Vaccine operations Central Provinces 1900-1911 - 1900-1911
Year: 1900
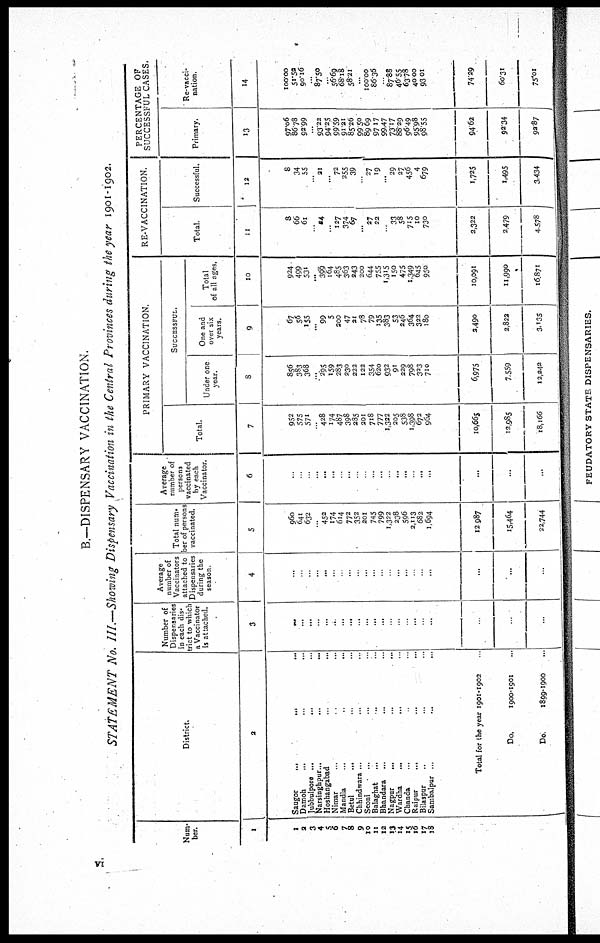
B.—DISPENSARY VACCINATION.
STATEMENT No. III.—Showing Dispensary Vaccination in the Central Provinces during the year 1901-1902.
Num-
ber.
1
1
2
3
4
5
6
7
8
9
10
11
12
13
14
15
16
17 18
District.
Saugor
...
... ...
Damoh ... ... ...
Jubbulpore ...
... ...
Narsinghpur... ... ...
Hoshangabad ... ... ...
Nimar ... ... ...
Mandla ... ... ...
Betul ... ... ...
Chhindwara ... ... ...
Seoni ... ... ...
Balaghat
...
Bhandara ... ... ...
Nagpur
... ... ...
Wardha ... ... ...
Chanda ... ... ...
Raipur
... ... ...
Bilaspur ... ... ...
Sambalpur ...
...
...
Total for the year 1901-1902
Do.
1900-1901
Do.
1899-1900
Number of
Dispensaries
in each dis-
trict to which
a Vaccinator
is attached.
3
...
...
...
...
...
...
...
...
...
...
...
...
...
...
...
...
...
...
...
...
...
Average
number of
Vaccinators
attached to
Dispensaries
during the
season.
4
...
...
...
...
...
...
...
...
...
...
...
...
...
...
...
...
...
...
...
...
...
Total num¬
ber of persons
vaccinated.
5
960
641
632
...
452
174
614
772
352
201
745
799
1,322
238
596
2,113
682
1,694
12,987
15,464
22,744
Average
number of
persons
vaccinated
by each
Vaccinator.
6
...
...
...
...
...
...
...
...
...
...
...
...
...
...
...
...
...
...
...
...
...
PRIMARY VACCINATION.
Total.
7
952
575
571
...
428
174
487
398
285
201
718
777
1,322
205
538
1,398
672
964
10,665
12,985
18,166
SUCCESSFUL
Under one
year.
8
856
383
368
...
295
159
283
230
222
122
354
620
932
91
229
798
323
710
6,975
7,559
12,242
One and
over six
years.
9
67
56
155
...
99
5
200
47
31
78
79
135
383
53
246
364
322
180
2,490
2,822
3,135
Total
of all ages.
10
924
499
531
...
399
164
485
363
243
200
644
755
1,315
150
475
1,349
645
950
10,091
11,990
16,871
RE-VACCINATION.
Total.
11
8
66
61
...
64
...
127
374
67
...
27
22
...
33
58
715
10
730
2,322
2,479
4,578
Successful.
12
8
34
55
...
21
...
72
255
39
...
27
19
...
29
27
456
4
679
1,725
1,495
3,434
PERCENTAGE OF
SUCCESSFUL CASES.
Primary.
13
97.06
86.78
92.99
...
93.22
94.25
99.59
91.21
85.26
99.50
89.69
97.17
99.47
73.17
88.29
96.49
95.98
98.55
94.62
92.34
92.87
Re-vacci-
nation.
14
100.00
51.52
90.16
...
87.50
...
56.69
68.18
58.21
...
100.00
86.36
...
87.88
46.55
63.78
40.00
93.01
74.29
60.31
75.01
vi